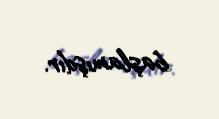
başlamışdır.